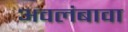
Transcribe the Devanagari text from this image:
अवलंबावा